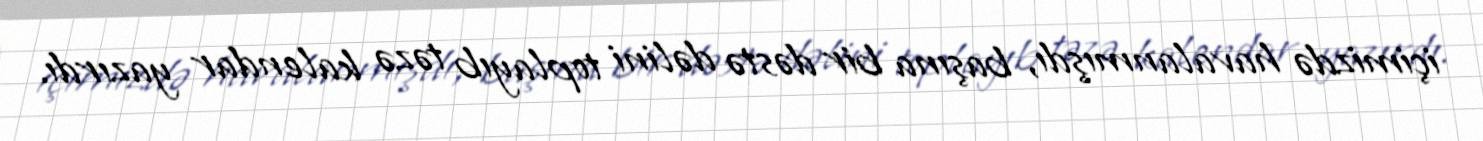
içimizdə havalanmışdı, başına bir dəstə dəlini toplayıb təzə kalendar yazırdı.